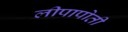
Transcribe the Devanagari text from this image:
लीपापोती